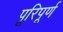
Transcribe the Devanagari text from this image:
पूरिपूर्ण